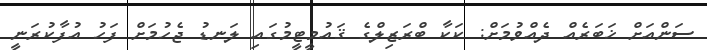
ސަންއަށް ޚަބަރެއް ދެއްވުމަށް: ކަކާ ބްރަޒިލްގެ ޤައުމީޓީމުގައި ލަނޑު ޖެހުމަށް ފަހު އުފާކުރަނީ